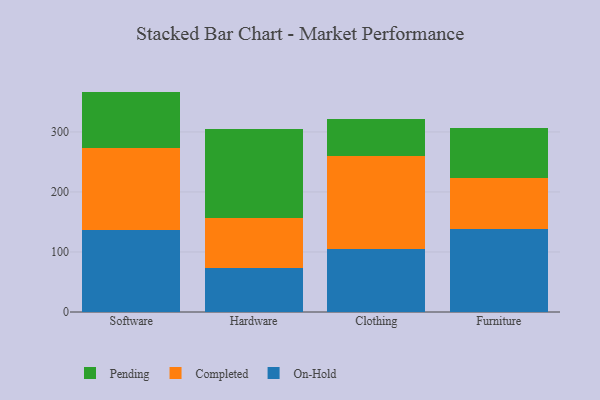
{"axis": {"x": "Category", "y": "Active Users"}, "legend": ["Completed", "On-Hold", "Pending"], "data": [{"x": "Software", "y": 136.0, "type": "On-Hold"}, {"x": "Software", "y": 136.7, "type": "Completed"}, {"x": "Software", "y": 94.5, "type": "Pending"}, {"x": "Hardware", "y": 73.2, "type": "On-Hold"}, {"x": "Hardware", "y": 83.1, "type": "Completed"}, {"x": "Hardware", "y": 149.0, "type": "Pending"}, {"x": "Clothing", "y": 104.6, "type": "On-Hold"}, {"x": "Clothing", "y": 156.1, "type": "Completed"}, {"x": "Clothing", "y": 61.1, "type": "Pending"}, {"x": "Furniture", "y": 137.5, "type": "On-Hold"}, {"x": "Furniture", "y": 85.2, "type": "Completed"}, {"x": "Furniture", "y": 83.3, "type": "Pending"}]}